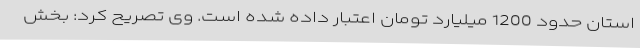
استان حدود 1200 میلیارد تومان اعتبار داده شده است. وی تصریح کرد: بخش